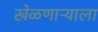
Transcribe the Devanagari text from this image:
खेळणाऱ्याला